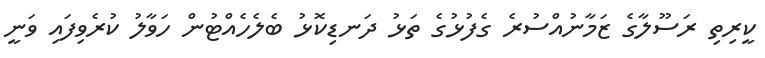
ކީރިތި ރަސޫލާގެ ޒަމާނުއްސުރެ ގެފުޅުގެ ތަޅު ދަނޑިކޮޅު ބެލެހެއްޓުން ހަވާލު ކުރެވިފައި ވަނީ